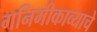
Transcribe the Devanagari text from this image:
गनिमीकाव्याचे